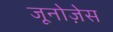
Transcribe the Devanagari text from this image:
जूनोज़ेस